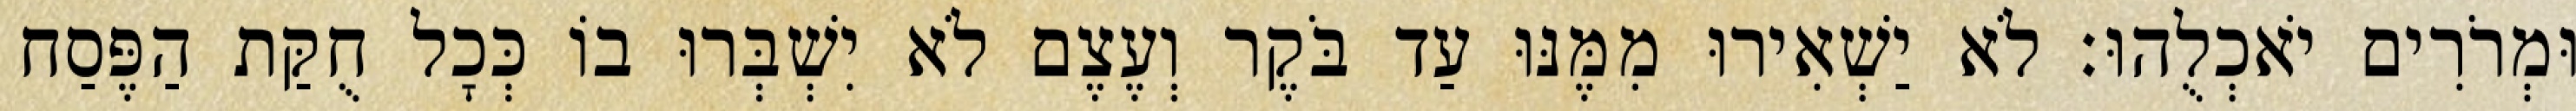
וּמְרֹרִים יֹאכְלֻהוּ׃ לֹא יַשְׁאִירוּ מִמֶּנּוּ עַד בֹּקֶר וְעֶצֶם לֹא יִשְׁבְּרוּ בוֹ כְּכָל חֻקַּת הַפֶּסַח